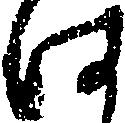
は